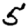
Digit: 5